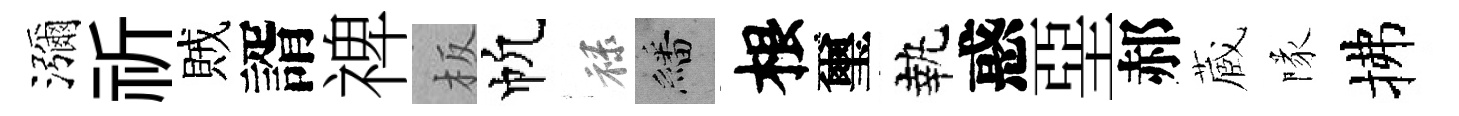
瀰祈賊諝禆板帆禄繙根璽執惑堊郝蔵隊拂